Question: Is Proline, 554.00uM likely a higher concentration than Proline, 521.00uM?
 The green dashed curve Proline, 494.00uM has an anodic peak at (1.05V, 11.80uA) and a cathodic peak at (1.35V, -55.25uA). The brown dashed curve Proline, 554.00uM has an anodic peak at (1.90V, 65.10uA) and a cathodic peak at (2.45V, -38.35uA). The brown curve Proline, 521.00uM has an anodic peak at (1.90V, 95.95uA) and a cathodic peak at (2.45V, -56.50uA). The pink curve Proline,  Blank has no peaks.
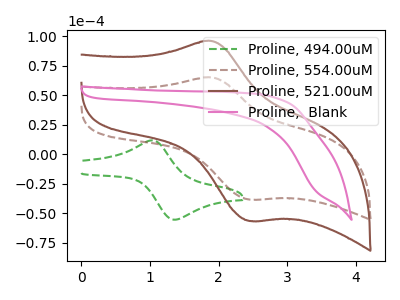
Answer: <think>All the peaks in "Proline, 554.00uM" have a peak in "Proline, 521.00uM" at the same potential. Every peak in "Proline, 554.00uM" is lower than every peak in "Proline, 521.00uM".
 </think>
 <answer>"Proline, 554.00uM" has less signal than "Proline, 521.00uM".</answer>
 <eval>less_signal</eval>